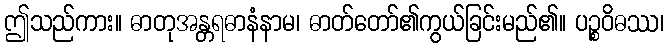
ဤသည်ကား။ ဓာတုအန္တရဓာနံနာမ၊ ဓာတ်တော်၏ကွယ်ခြင်းမည်၏။ ပဉ္စဝိဓဿ၊